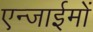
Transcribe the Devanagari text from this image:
एन्जाईमों